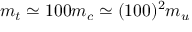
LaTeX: m _ { t } \simeq 1 0 0 m _ { c } \simeq ( 1 0 0 ) ^ { 2 } m _ { u }